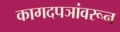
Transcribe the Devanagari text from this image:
कागदपञांवरून